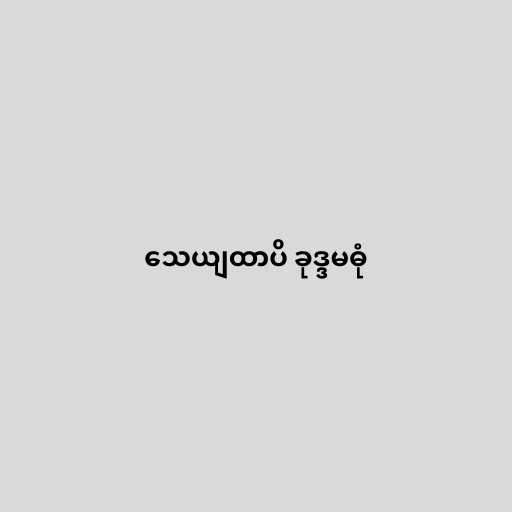
သေယျထာပိ ခုဒ္ဒမဓုံ